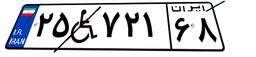
۲۵W۷۲۱۶۸